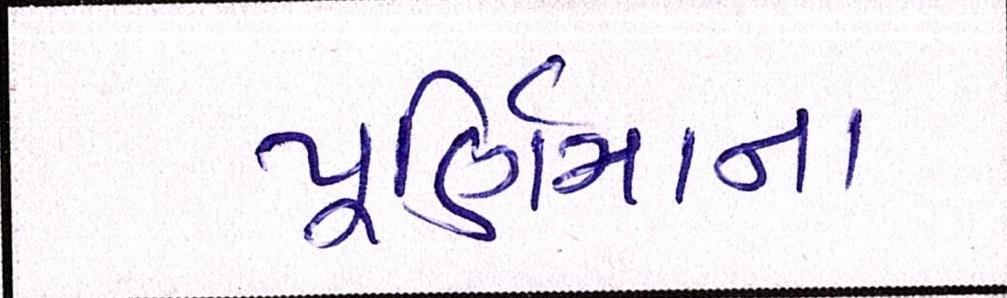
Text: પૂણિર્માના